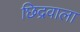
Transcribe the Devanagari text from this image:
छिद्रवाला